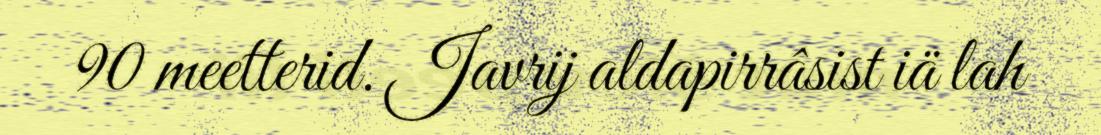
90 meetterid. Javrij aldapirrâsist iä lah